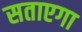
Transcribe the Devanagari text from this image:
सताएगा